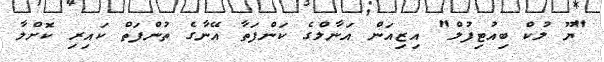
"ޔޫ ލުކް ބިއުޓިފުލް" އިޒިއަން އަނާލްގެ ކަންފަތާ އޭނާގެ ތުންފަތް ކައިރި ކޮށްލާ